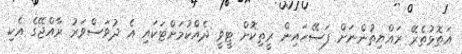
އަތޮޅުތެރޭ ރައްޔިތުންނަށް ފަސޭހައިން ރީތިކޮށް ޓީވީ ދެއްކުމަށްޓަކައި އެ ދުވަސްވަރު ރާއްޖޭގެ އެކި